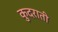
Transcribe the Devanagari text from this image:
कुदराती